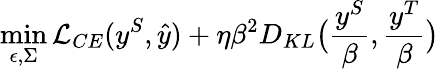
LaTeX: \operatorname*{min}_{\epsilon,\Sigma}\mathcal{L}_{CE}(y^{S},\hat{y})+\eta\beta^{2}D_{KL}\big(\frac{y^{S}}{\beta},\frac{y^{T}}{\beta}\big)